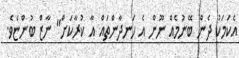
އެކަމަކު ދެން ބޭނުމެއް ނޫން އެ ހަނދާންތައް އާ ކުރާކަށް" ނާޒް ބުންޏެވެ.